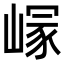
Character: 𡺪